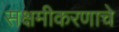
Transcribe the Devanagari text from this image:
सक्षमीकरणाचे